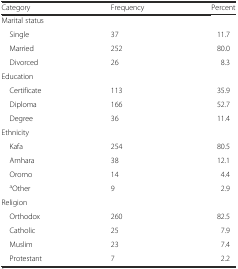
| Category | Frequency | Percent |
 | --- | --- | --- |
 | Marital status |  |  |
 | Single | 37 | 11.7 |
 | Married | 252 | 80.0 |
 | Divorced | 26 | 8.3 |
 | Education |  |  |
 | Certificate | 113 | 35.9 |
 | Diploma | 166 | 52.7 |
 | Degree | 36 | 11.4 |
 | Ethnicity |  |  |
 | Kafa | 254 | 80.5 |
 | Amhara | 38 | 12.1 |
 | Oromo | 14 | 4.4 |
 | aOther | 9 | 2.9 |
 | Religion |  |  |
 | Orthodox | 260 | 82.5 |
 | Catholic | 25 | 7.9 |
 | Muslim | 23 | 7.4 |
 | Protestant | 7 | 2.2 |